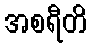
အစရီတိ